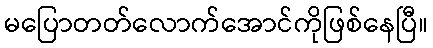
မပြောတတ်လောက်အောင်ကိုဖြစ်နေပြီ။